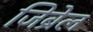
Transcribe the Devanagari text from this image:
जिब्रेल